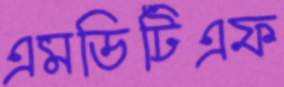
এমডিটিএফ